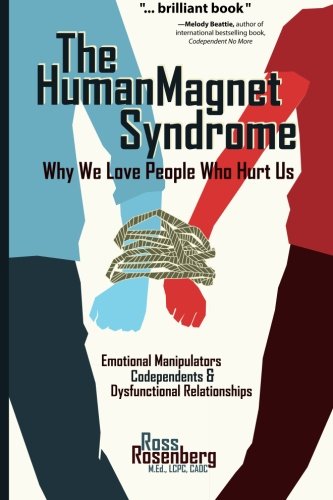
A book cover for The Human Magnet Syndrome: Why We Love People Who Hurt Us; Ross Rosenberg; Self-Help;